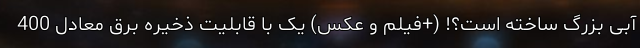
آبی بزرگ ساخته است؟! (+فیلم و عکس) یک با قابلیت ذخیره برق معادل 400